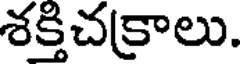
శక్తిచక్రాలు.